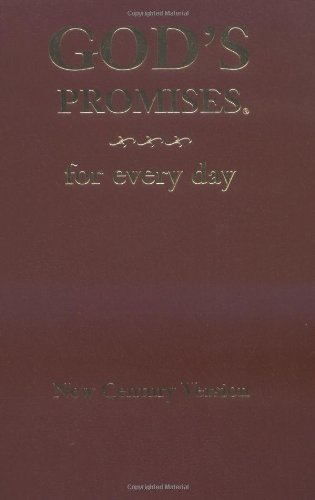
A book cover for God's Promises for Every Day; Jack Countryman; Christian Books & Bibles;